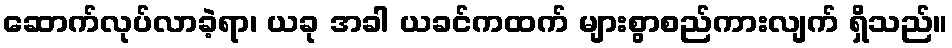
ဆောက်လုပ်လာခဲ့ရာ၊ ယခု အခါ ယခင်ကထက် များစွာစည်ကားလျက် ရှိသည်။